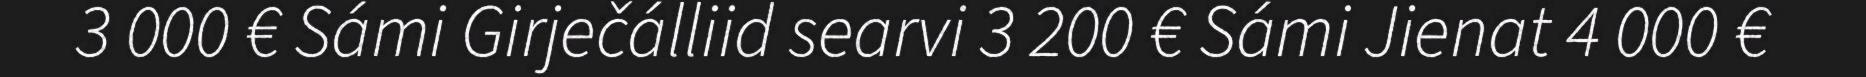
3 000 € Sámi Girječálliid searvi 3 200 € Sámi Jienat 4 000 €